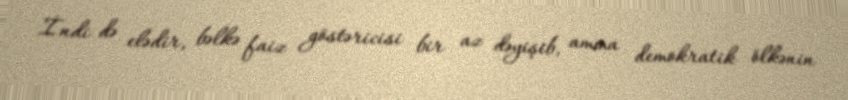
İndi də elədir, bəlkə faiz göstəricisi bir az dəyişib, amma demokratik ölkənin